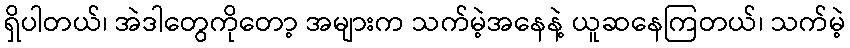
ရှိပါတယ်၊ အဲဒါတွေကိုတော့ အများက သက်မဲ့အနေနဲ့ ယူဆနေကြတယ်၊ သက်မဲ့